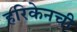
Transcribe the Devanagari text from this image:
हरिकेनची